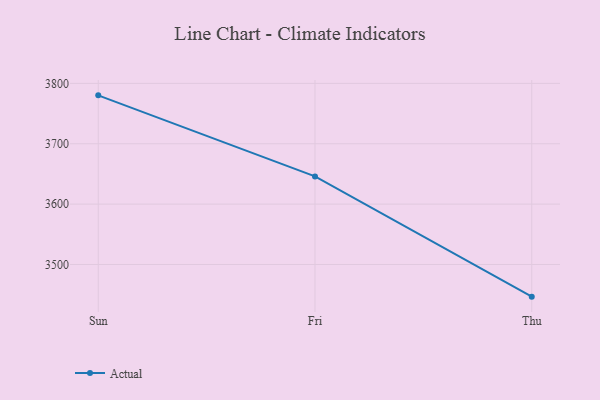
{"axis": {"x": "Day", "y": "Customer Acquisition Cost (USD)"}, "legend": ["Actual"], "data": [{"x": "Sun", "y": 3780.2, "type": "Actual"}, {"x": "Fri", "y": 3645.9, "type": "Actual"}, {"x": "Thu", "y": 3446.7, "type": "Actual"}]}